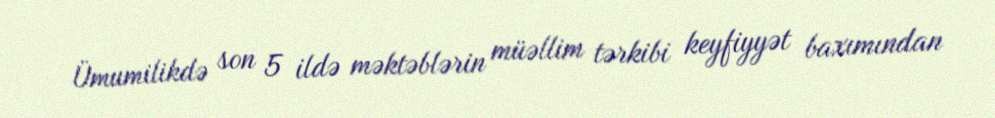
Ümumilikdə son 5 ildə məktəblərin müəllim tərkibi keyfiyyət baxımından